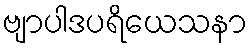
ဗျာပါဒပရိယေသနာ